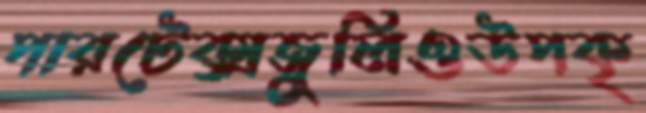
পারটেক্সজুলিওউপকৃ